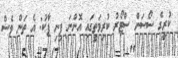
ކުރީގެ ސޯސަން ސްޓޯރު ކުރިމަތީގައި އޮންނަ ފިނި ޕާކު: އެ ތަން ވެސް